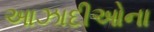
આઝાદીઓના